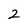
Character: 2